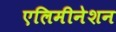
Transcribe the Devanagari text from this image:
एलिमीनेशन